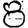
Digit: 8